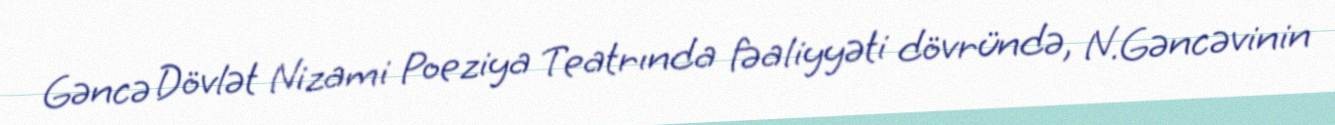
Gəncə Dövlət Nizami Poeziya Teatrında fəaliyyəti dövründə, N.Gəncəvinin